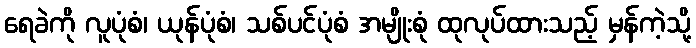
ရေခဲကို လူပုံစံ၊ ယုန်ပုံစံ၊ သစ်ပင်ပုံစံ အမျိုးစုံ ထုလုပ်ထားသည့် မှန်ကဲ့သို့